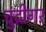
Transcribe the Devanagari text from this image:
चुंद्रीगर